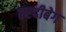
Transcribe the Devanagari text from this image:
तरदीबेग